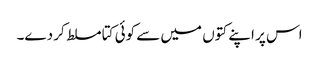
اس پر اپنے کتوں میں سے کوئی کتا مسلط کر دے۔